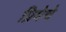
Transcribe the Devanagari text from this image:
प्रियेचे